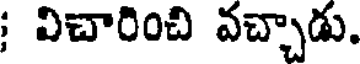
; విచారించి వచ్చాడు.